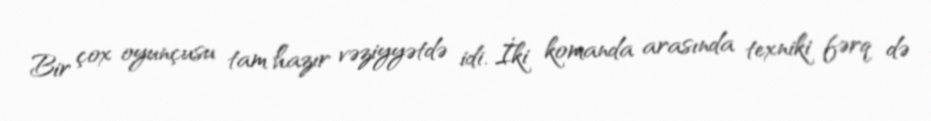
Bir çox oyunçusu tam hazır vəziyyətdə idi. İki komanda arasında texniki fərq də